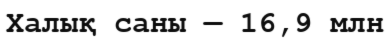
Халық саны — 16,9 млн